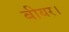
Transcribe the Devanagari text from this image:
बीयर।